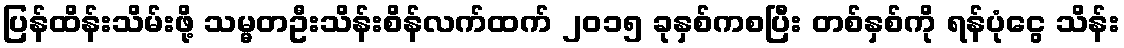
ပြန်ထိန်းသိမ်းဖို့ သမ္မတဦးသိန်းစိန်လက်ထက် ၂၀၁၅ ခုနှစ်ကစပြီး တစ်နှစ်ကို ရန်ပုံငွေ သိန်း